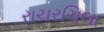
રાચરચિલા